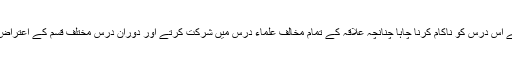
بعض بد بختوں نے اس درس کو ناکام کرنا چاہا چنانچہ علاقہ کے تمام مخالف علماء درس میں شرکت کرتے اور دورانِ درس مختلف قسم کے اعتراض کیا کرتے تھے۔